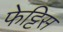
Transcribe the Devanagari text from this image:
फेट्टिस